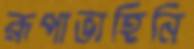
রূপাভাহিনি